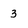
Character: 3